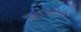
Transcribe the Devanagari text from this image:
अन्तःसंगीत